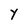
Character: Y